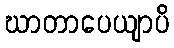
ဃာတာပေယျာပိ